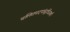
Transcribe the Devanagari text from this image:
चलितपदपांसून्निजकरैः